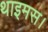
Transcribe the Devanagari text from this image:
थाइमस।